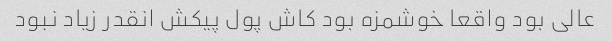
عالی بود واقعا خوشمزه بود کاش پول پیکش انقدر زیاد نبود